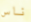
ناس